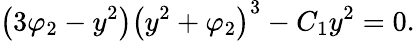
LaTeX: \left(3\varphi_{2}-y^{2}\right)\left(y^{2}+\varphi_{2}\right)^{3}-C_{1}y^{2}=0.